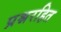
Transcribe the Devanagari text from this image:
प्रश्नरहित